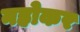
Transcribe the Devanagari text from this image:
नहोकर